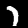
Digit: 7